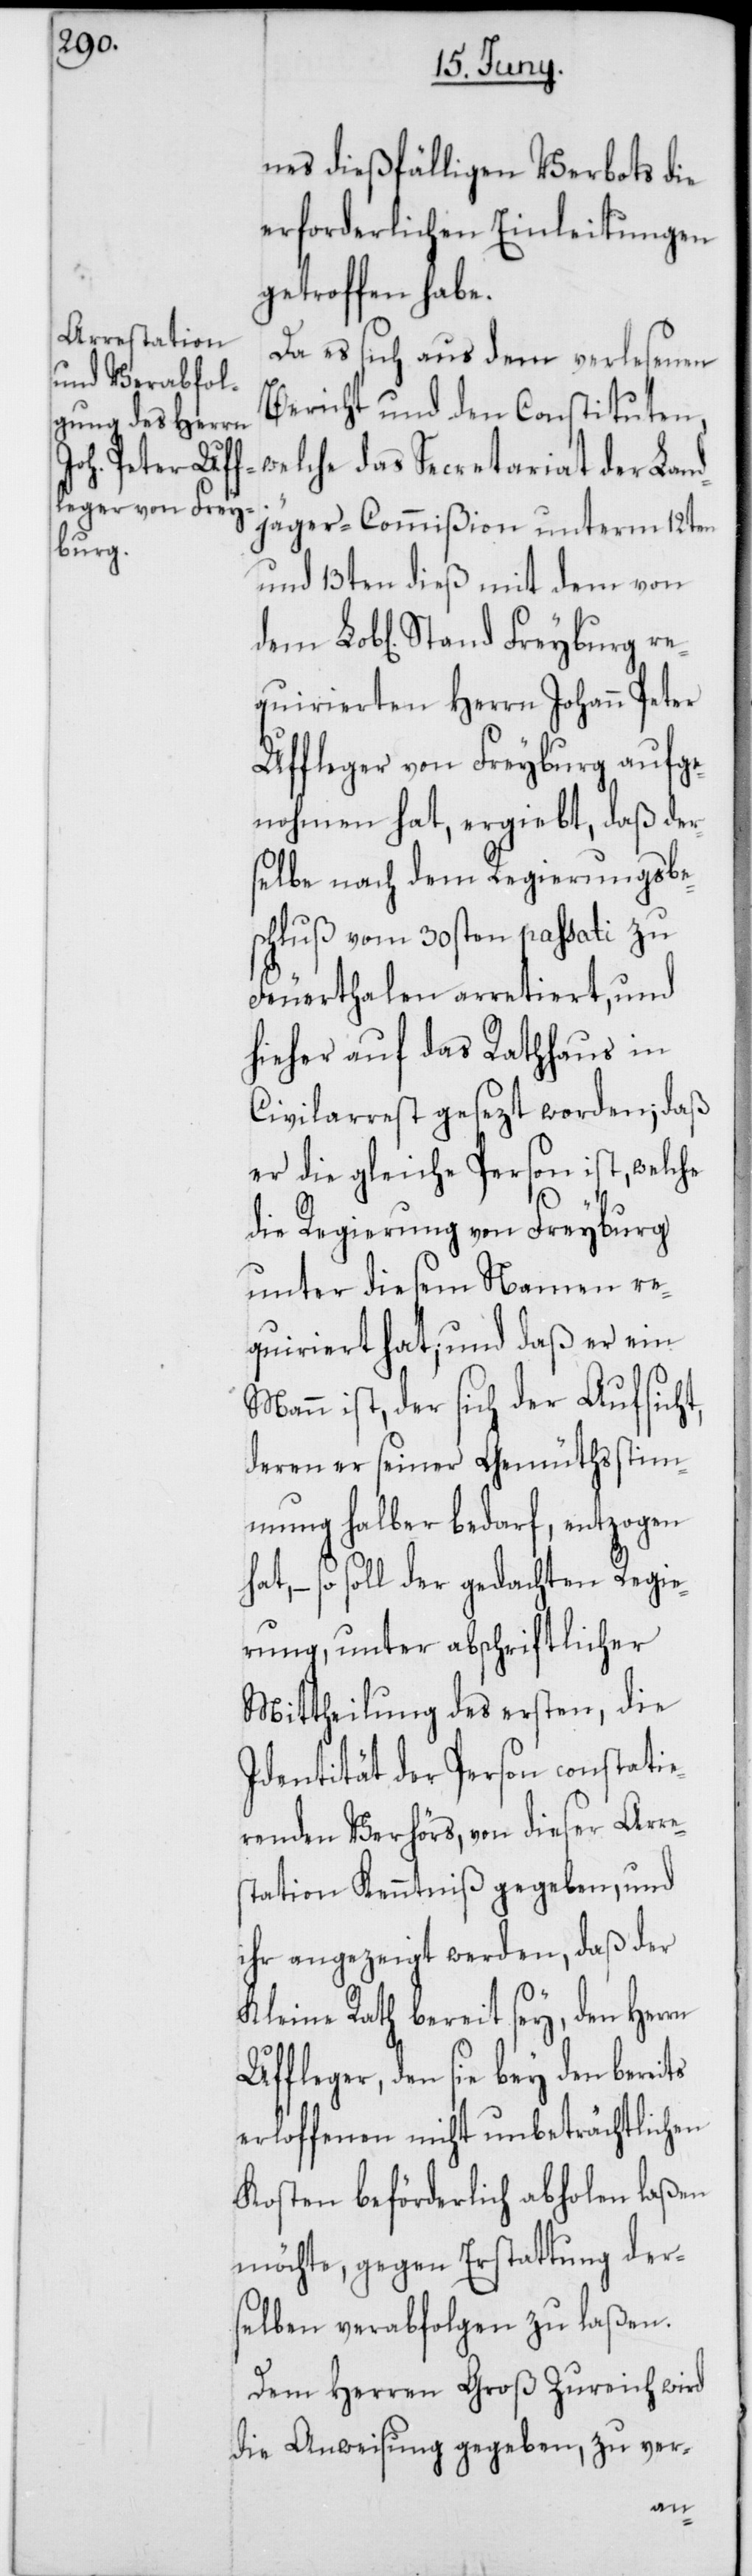
Freyburg re¬

nes dießfälligen Verbots die
erforderlichen Einleitungen
getroffen habe.
Da es sich aus dem verlesenen
Bericht und den Constituten,
welche das Secretariat der Land¬
jäger-Commißion unterm 12ten
und 13ten dieß mit dem von
quirierten Herren Johann Peter
Uffleger von Freyburg aufge¬
nohmen hat, ergiebt, daß der¬
selbe nach dem Regierungsbe¬
schluß vom 30sten passati zu
Feuerthalen arretiert, und
hieher auf das Rathhaus in
Civilarrest gesezt worden; daß
er die gleiche Person ist, welche
die Regierung von Freyburg
unter diesem Namen re¬
quiriert hat; und daß er ein
Mann ist, der sich der Aufsicht,
deren er seiner Gemüthsstim¬
mung halber bedarf, entzogen
so soll der gedachten Regie¬
rung, unter abschriftlicher
Mittheilung des ersten, die
Identität der Person constatie¬
renden Verhörs, von dieser Arre¬
station Kenntniß gegeben, und
ihr angezeigt werden, daß der
Kleine Rath bereit sey, den Herr¬
Uffleger, den sie bey den bereits
erloffenen nicht unbeträchtlichen
Kosten beförderlich abholen laßen
möchte, gegen Erstattung der¬
selben verabfolgen zu laßen.
Dem Herren Groß Zureich wird
die Anweisung gegeben, zu ver-
en